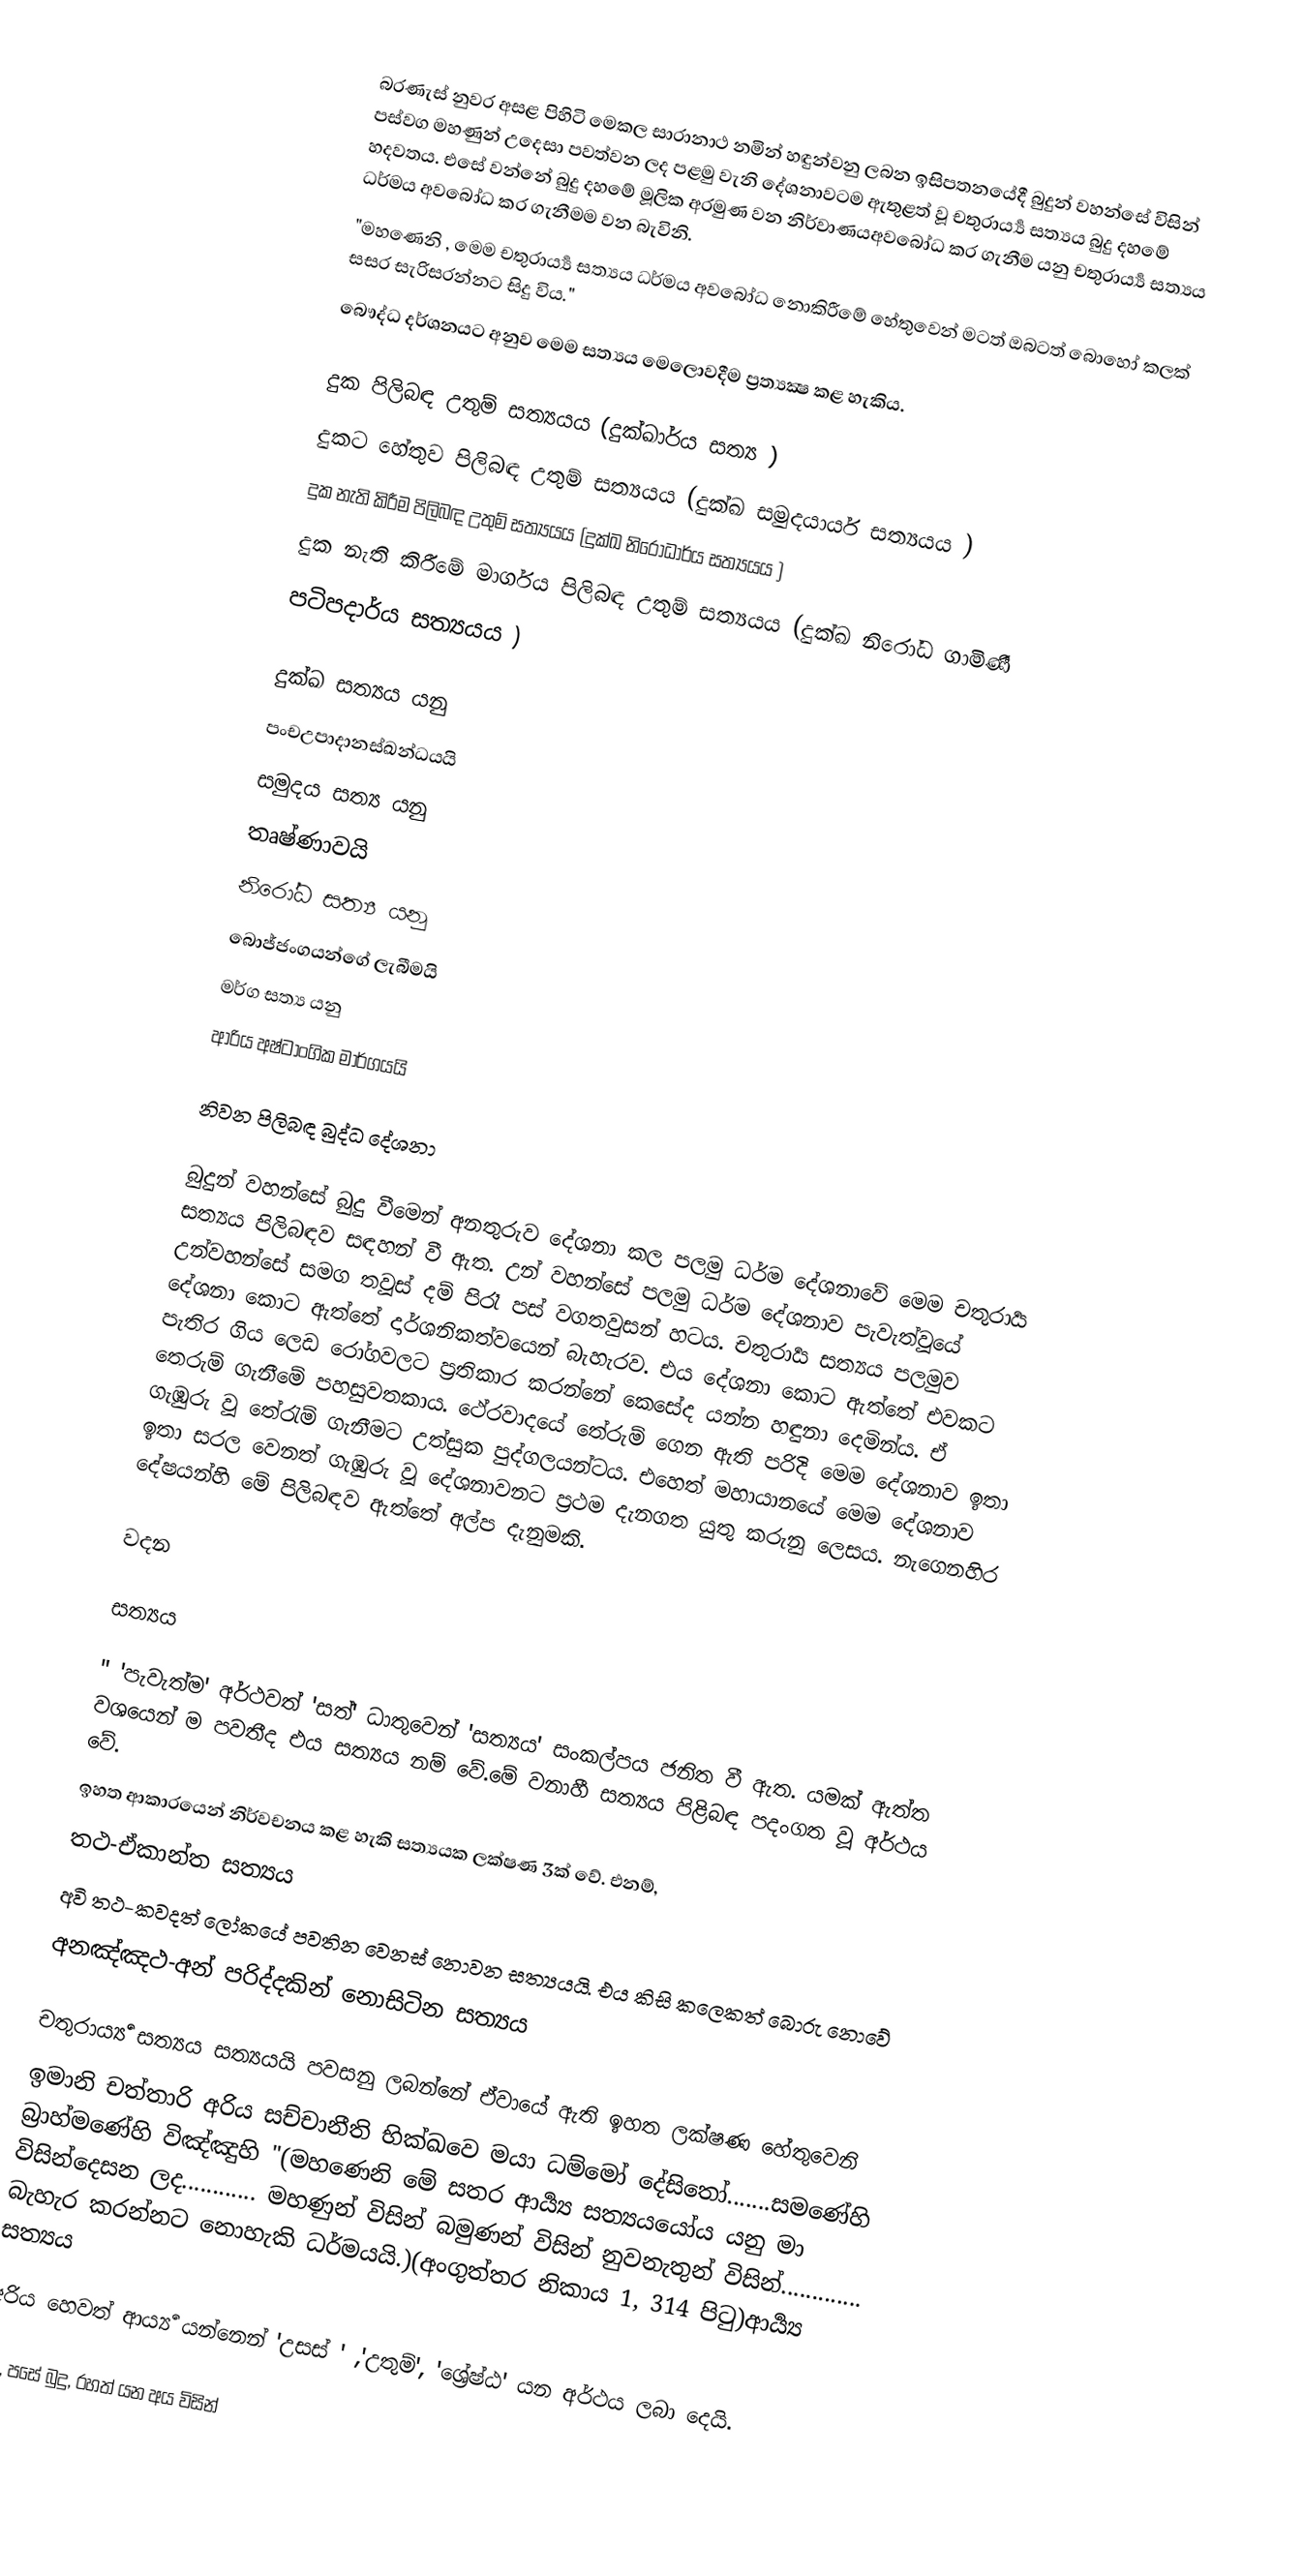
බරණැස් නුවර අසළ පිහිටි මෙකල සාරානාථ නමින් හඳුන්වනු ලබන ඉසිපතනයේදී බුදුන් වහන්සේ විසින්  පස්වග මහණුන් උදෙසා පවත්වන ලද පළමු වැනි දේශනාවටම ඇතුළත් වූ චතුරාර්‍ය්‍ය සත්‍යය බුදු දහමේ හදවතය. එසේ වන්නේ බුදු දහමේ මූලික අරමුණ වන නිර්වාණයඅවබෝධ කර ගැනීම යනු චතුරාර්‍ය්‍ය සත්‍යය ධර්මය අවබෝධ කර ගැනීමම වන බැවිනි.
"මහණෙනි , මෙම චතුරාර්‍ය්‍ය සත්‍යය ධර්මය අවබෝධ නොකිරීමේ හේතුවෙන් මටත් ඔබටත් බොහෝ කලක් සසර සැරිසරන්නට සිදු විය."
බෞද්ධ දර්ශනයට අනුව මෙම සත්‍යය මෙලොවදීම ප්‍රත්‍ය‍‍‍‍‍‍‍‍‍‍‍‍‍‍‍‍‍‍‍‍‍‍‍‍‍‍‍‍‍‍‍‍‍‍‍‍‍ක්‍ෂ කළ හැකිය.

 දුක පිලිබඳ උතුම් සත්‍යයය (දුක්ඛාර්ය සත්‍ය )
 දුකට හේතුව පිලිබඳ උතුම් සත්‍යයය (දුක්ඛ සමුදයාර්ය සත්‍යයය )
 දුක නැති කිරීම පිලිබඳ උතුම් සත්‍යයය (දුක්ඛ නිරෝධාර්ය සත්‍යයය )
 දුක නැති කිරීමේ මාර්ගය පිලිබඳ උතුම් සත්‍යයය (දුක්ඛ නිරෝධ ගාමිණී
 පටිපදාර්ය සත්‍යයය )

දුක්ඛ සත්‍යය යනු
පංචඋපාදානස්ඛන්ධයයි
සමුදය සත්‍ය යනු
තෘෂ්ණාවයි
නිරෝධ සත්‍ය යනු
බොජ්ජංගයන්ගේ ලැබීමයි
මර්ග සත්‍ය යනු
ආරිය අෂ්ටාංගික මාර්ගයයි

නිවන පිලිබඳ බුද්ධ දේශනා

බුදුන් වහන්සේ බුදු වීමෙන් අනතුරුව දේශනා කල පලමු ධර්ම දේශනාවේ මෙම චතුරාර්‍ය සත්‍යය පිලිබඳව සඳහන් වී ඇත. උන් වහන්සේ පලමු ධර්ම දේශනාව පැවැත්වූයේ උන්වහන්සේ සමග තවූස් දම් පිරෑ පස් වගතවුසන් හටය. චතුරාර්‍ය සත්‍යය පලමුව දේශනා කොට ඇත්තේ දාර්ශනිකත්වයෙන් බැහැරව. එය දේශනා කොට ඇත්තේ එවකට පැතිර ගිය ලෙඩ රෝගවලට ප්‍රතිකාර කරන්නේ කෙසේද යන්න හඳුනා දෙමින්ය. ඒ තෙරුම් ගැනීමේ පහසුව​තකාය. ථේරවාදයේ​ තේරුම්​ ගෙන​ ඇති​​​ පරිදි​ මෙම​ දේශනාව ඉතා ගැඹුරු වූ තේරැම් ගැනීමට උත්සුක පුද්ගලයන්ටය. එහෙත් මහායානයේ මෙම​ දේශනාව ඉතා සරල වෙනත් ගැඹුරු වූ දේශනාවනට ප්‍රථම දැනගත යුතු කරුනු ලෙසය. නැගෙනහිර දේෂයන්හි මේ පිලිබඳව ඇත්තේ අල්ප දැනුමකි.

වදන

සත්‍යය

" 'පැවැත්ම' අර්ථවත්  'සත්' ධාතුවෙන් 'සත්‍යය' සංකල්පය ජනිත වී ඇත. යමක් ඇත්ත වශයෙන් ම පවතීද එය සත්‍යය නම් ‍වේ.මේ වනාහී සත්‍යය පිළිබඳ පදංගත වූ අර්ථය වේ.
ඉහත ආකාරයෙන් නිර්වචනය කළ හැකි සත්‍යයක ල‍‍‍‍‍‍‍‍‍‍‍‍‍‍‍‍‍‍‍‍‍‍‍‍‍‍‍‍‍‍‍‍‍‍‍‍‍‍‍‍‍‍‍ක්ෂණ 3ක් වේ. එනම්,
තථ-ඒකාන්ත සත්‍යය
අවි තථ-කවදත් ලෝකයේ පවතින වෙනස් නොවන සත්‍යයයි. එය කිසි කලෙකත් බොරු නොවේ
අනඤ්ඤථ-අන් පරිද්දකින් නොසිටින සත්‍යය

චතුරාර්‍ය්‍ය සත්‍යය සත්‍යයයි පවසනු ලබන්නේ ඒවායේ ඇති ඉහත ලක්ෂණ හේතුවෙනි
ඉමානි චත්තාරි අරිය සච්චානීති භික්ඛවෙ මයා ධම්මෝ දේසිතෝ.......සමණේහි බ්‍රාහ්මණේහි විඤ්ඤුහි "(මහණෙනි මේ සතර ආර්‍ය්‍ය සත්‍යයයෝය යනු මා විසින්දෙසන ලද............ මහණුන් විසින් බමුණන් විසින් නුවනැතුන් විසින්............. බැහැර කරන්නට නොහැකි ධර්මයයි.)(අංගුත්තර නිකාය 1, 314 පිටු)ආර්‍ය්‍ය සත්‍යය

අරිය හෙවත් ආර්‍ය්‍ය යන්නෙන් 'උසස් ' ,'උතුම්', 'ශ්‍රේෂ්ඨ' යන අර්ථය ලබා දෙයි.

බුදු, පසේ බුදු, රහත් යන අය විසින්